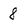
Character: 8